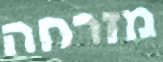
מזרחה